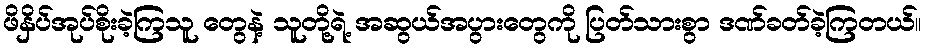
ဖိနှိပ်အုပ်စိုးခဲ့ကြသူ တွေနဲ့ သူတို့ရဲ့ အဆွယ်အပွားတွေကို ပြတ်သားစွာ ဒဏ်ခတ်ခဲ့ကြတယ်။